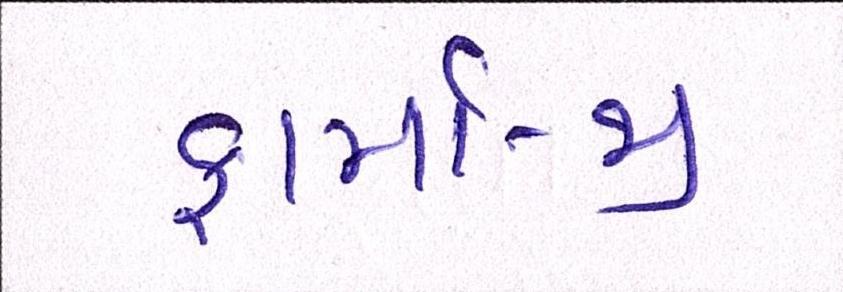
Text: ફાર્મા-જી